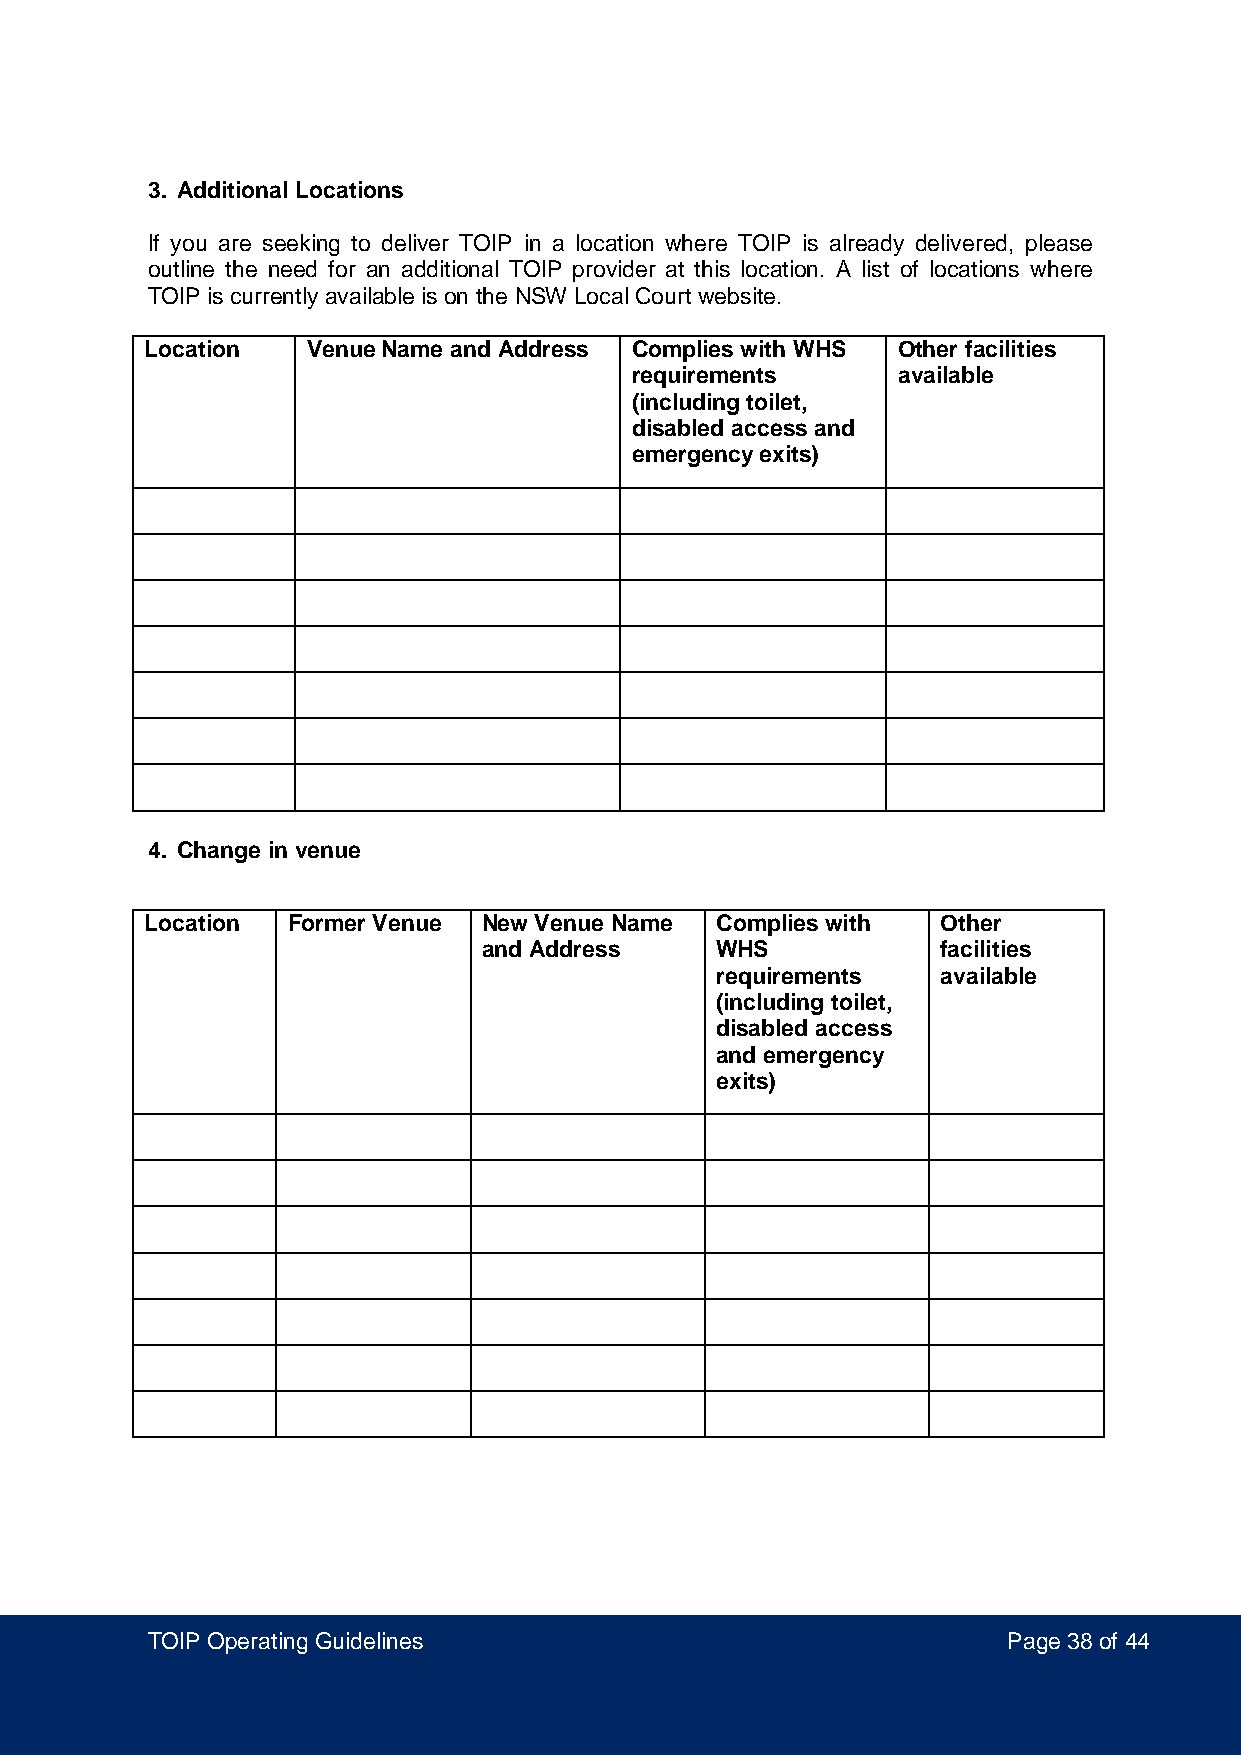
3. Additional Locations
 If you are seeking to deliver TOIP in a location where TOIP is already delivered, please
 outline the need for an additional TOIP provider at this location. A list of locations where
 TOIP is currently available is on the NSW Local Court website.
 Location  Venue Name and Address Complies with WHS Other facilities
 requirements     available
 (including toilet,
 disabled access and
 emergency exits)
 4. Change in venue
 Location Former Venue New Venue Name Complies with  Other
 and Address    WHS            facilities
 requirements   available
 (including toilet,
 disabled access
 and emergency
 exits)
 TOIP Operating Guidelines                                Page 38 of 44